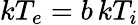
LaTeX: kT_{e}=b\, kT_{i}